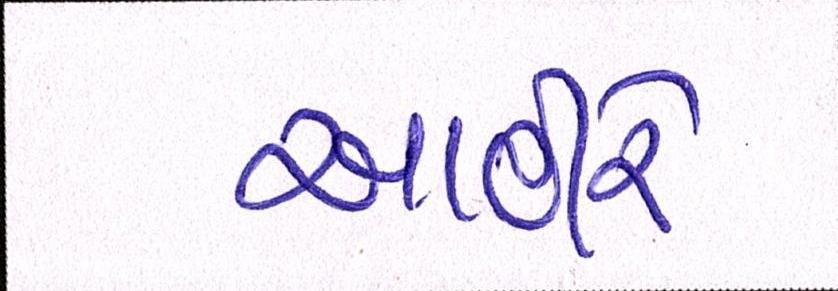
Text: આહીરે